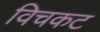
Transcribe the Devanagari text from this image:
विचकट